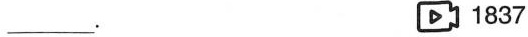
___.1837